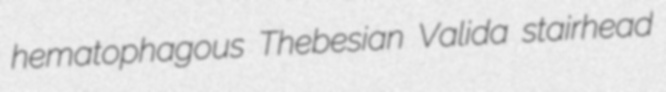
hematophagous Thebesian Valida stairhead